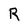
Character: R